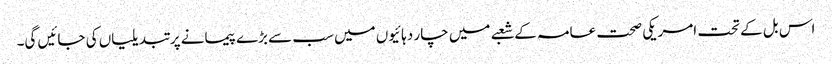
اس بل کے تحت امریکی صحت عامہ کے شعبے میں چار دہائیوں میں سب سے بڑے پیمانے پر تبدیلیاں کی جائیں گی۔